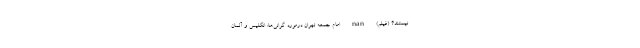
نیستند؟ (فیلم) nan امام جمعه تهران درمورد گرانی‌ها: انگلیس و آلمان